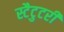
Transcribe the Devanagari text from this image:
स्टैटुटरी